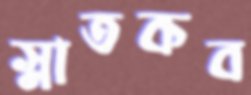
স্নাতকব